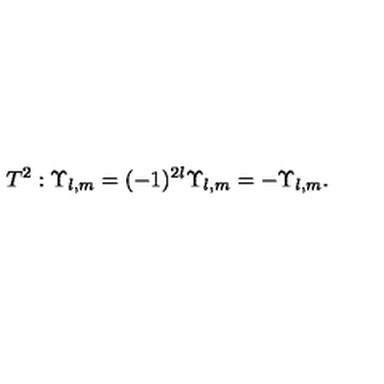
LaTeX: T ^ { 2 } : \Upsilon _ { l , m } = ( - 1 ) ^ { 2 l } \Upsilon _ { l , m } = - \Upsilon _ { l , m } .